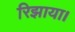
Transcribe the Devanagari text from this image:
रिझाया।